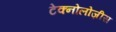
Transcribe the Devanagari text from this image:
टेक्नोलोज़ीस